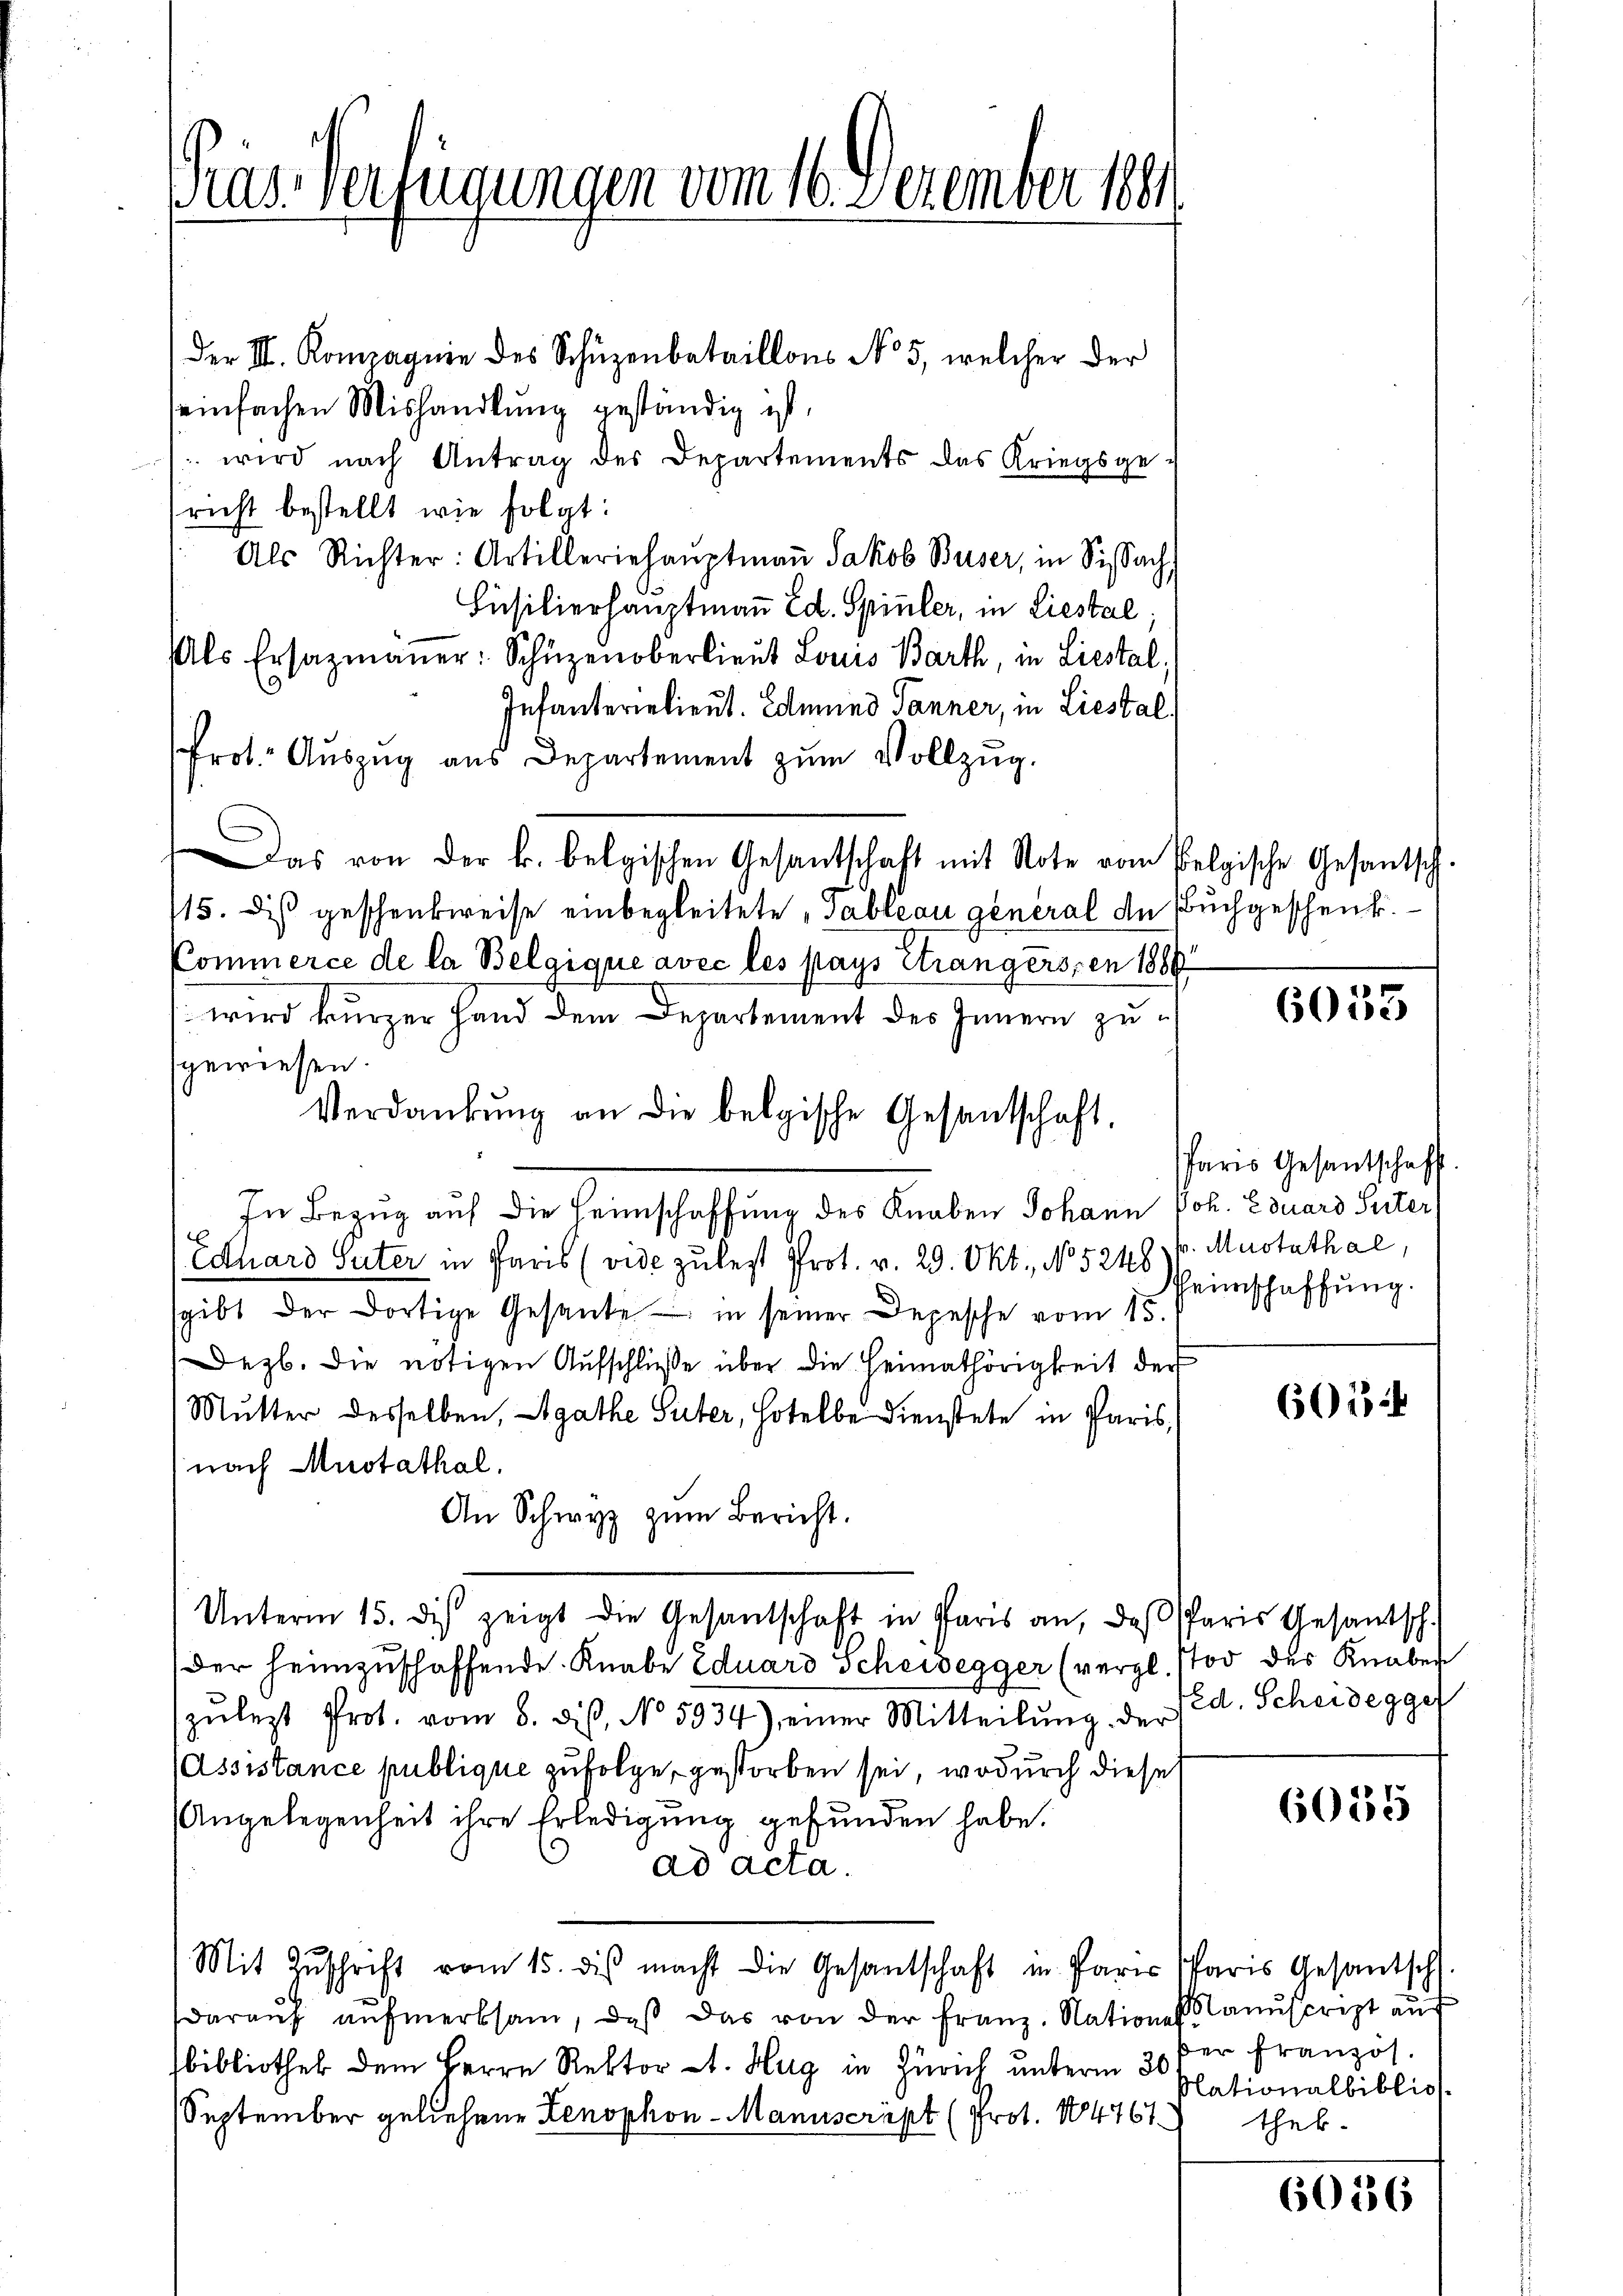
Der II. Kompagnie des Schüzenbataillons No 5, welcher der
einfachen Mishandlung geständig ist,
 wird nach Antrag des Departements das Kriegsge-
richt bestellt wie folgt:
Als Richter: Artilleriehaŭptmaṅ Jakob Buser, in Sissach
Füsilierhauptmaṅ Ed. Spieler, in Liestal,
Als Ersazmaṅer: Schüzenoberlieŭt Louis Barth, in Liestal
Infanterielieut. Edmund Tanner, in Liestal.
rot. Aŭszŭg aŭs Departement zŭm Vollzŭg.
Das von der k. belgischen Gesantschaft mit Note vom Pelgische Gesantsch
115. dis geschenkweise einbegleitete, Tableau general de Buchgeschenk.
Kommerce de la Belgique avec les pays étrangersten 1889.
wird kurzer Hand dem Departement des Innern zu
sgewiesen.
Verdankŭng an die belgische Gesantschaft.
In Bezug auf die Feinschaffung des Knaben Johann vor. Eduard Peter
Eduard Suter in Paris (vide zulest Prot. v. 29. Okt., No 5248 f. Mustathal,
sgibt der dortige Gesante in seiner Depesche vom 15.
Dezb. die nötigen Aufschlüße über die Heimathörigkeit der
Mutter desselben, Agathe Suter, Hotelbe Dienstete in Paris,
nach Mustathal.
An Schwyz zŭm Bericht.
Unterm 15. des zeigt die Gesantschaft in Paris an, daβ Paris Gesantsch.
dDer heimzuschaffende Knabe Eduard Scheidegger (vergl. Tod des Knaben
zŭlezt Prot. vom 8. diβ, No 5934), einer Mitteilŭng der Ped. Scheideggef
(Assistance publique zufolge, gestorben sei, wodurch diese
Angelegenheit ihre Erledigung gefunden habe.
ad acta.
Mit Zŭschrift vom 15. dis macht die Gesantschaft in Pare Paris Gesantsch.
daraŭf aŭfmerksam, daβ das von der Franz. Nationes Manuscript auf
bibliothek dem Herrn Rektor A. Hug in Zürich unterm 30
September geliehene Zenophon-Manuscript (Prot. 1884761

Pras Verfügungen vom 16. Dezember 1891

6053

Paris Gesantschaft
Heimschaffung.

605

6055

er Französ.
Nationalbiblio
thek.

6036